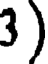
3 )